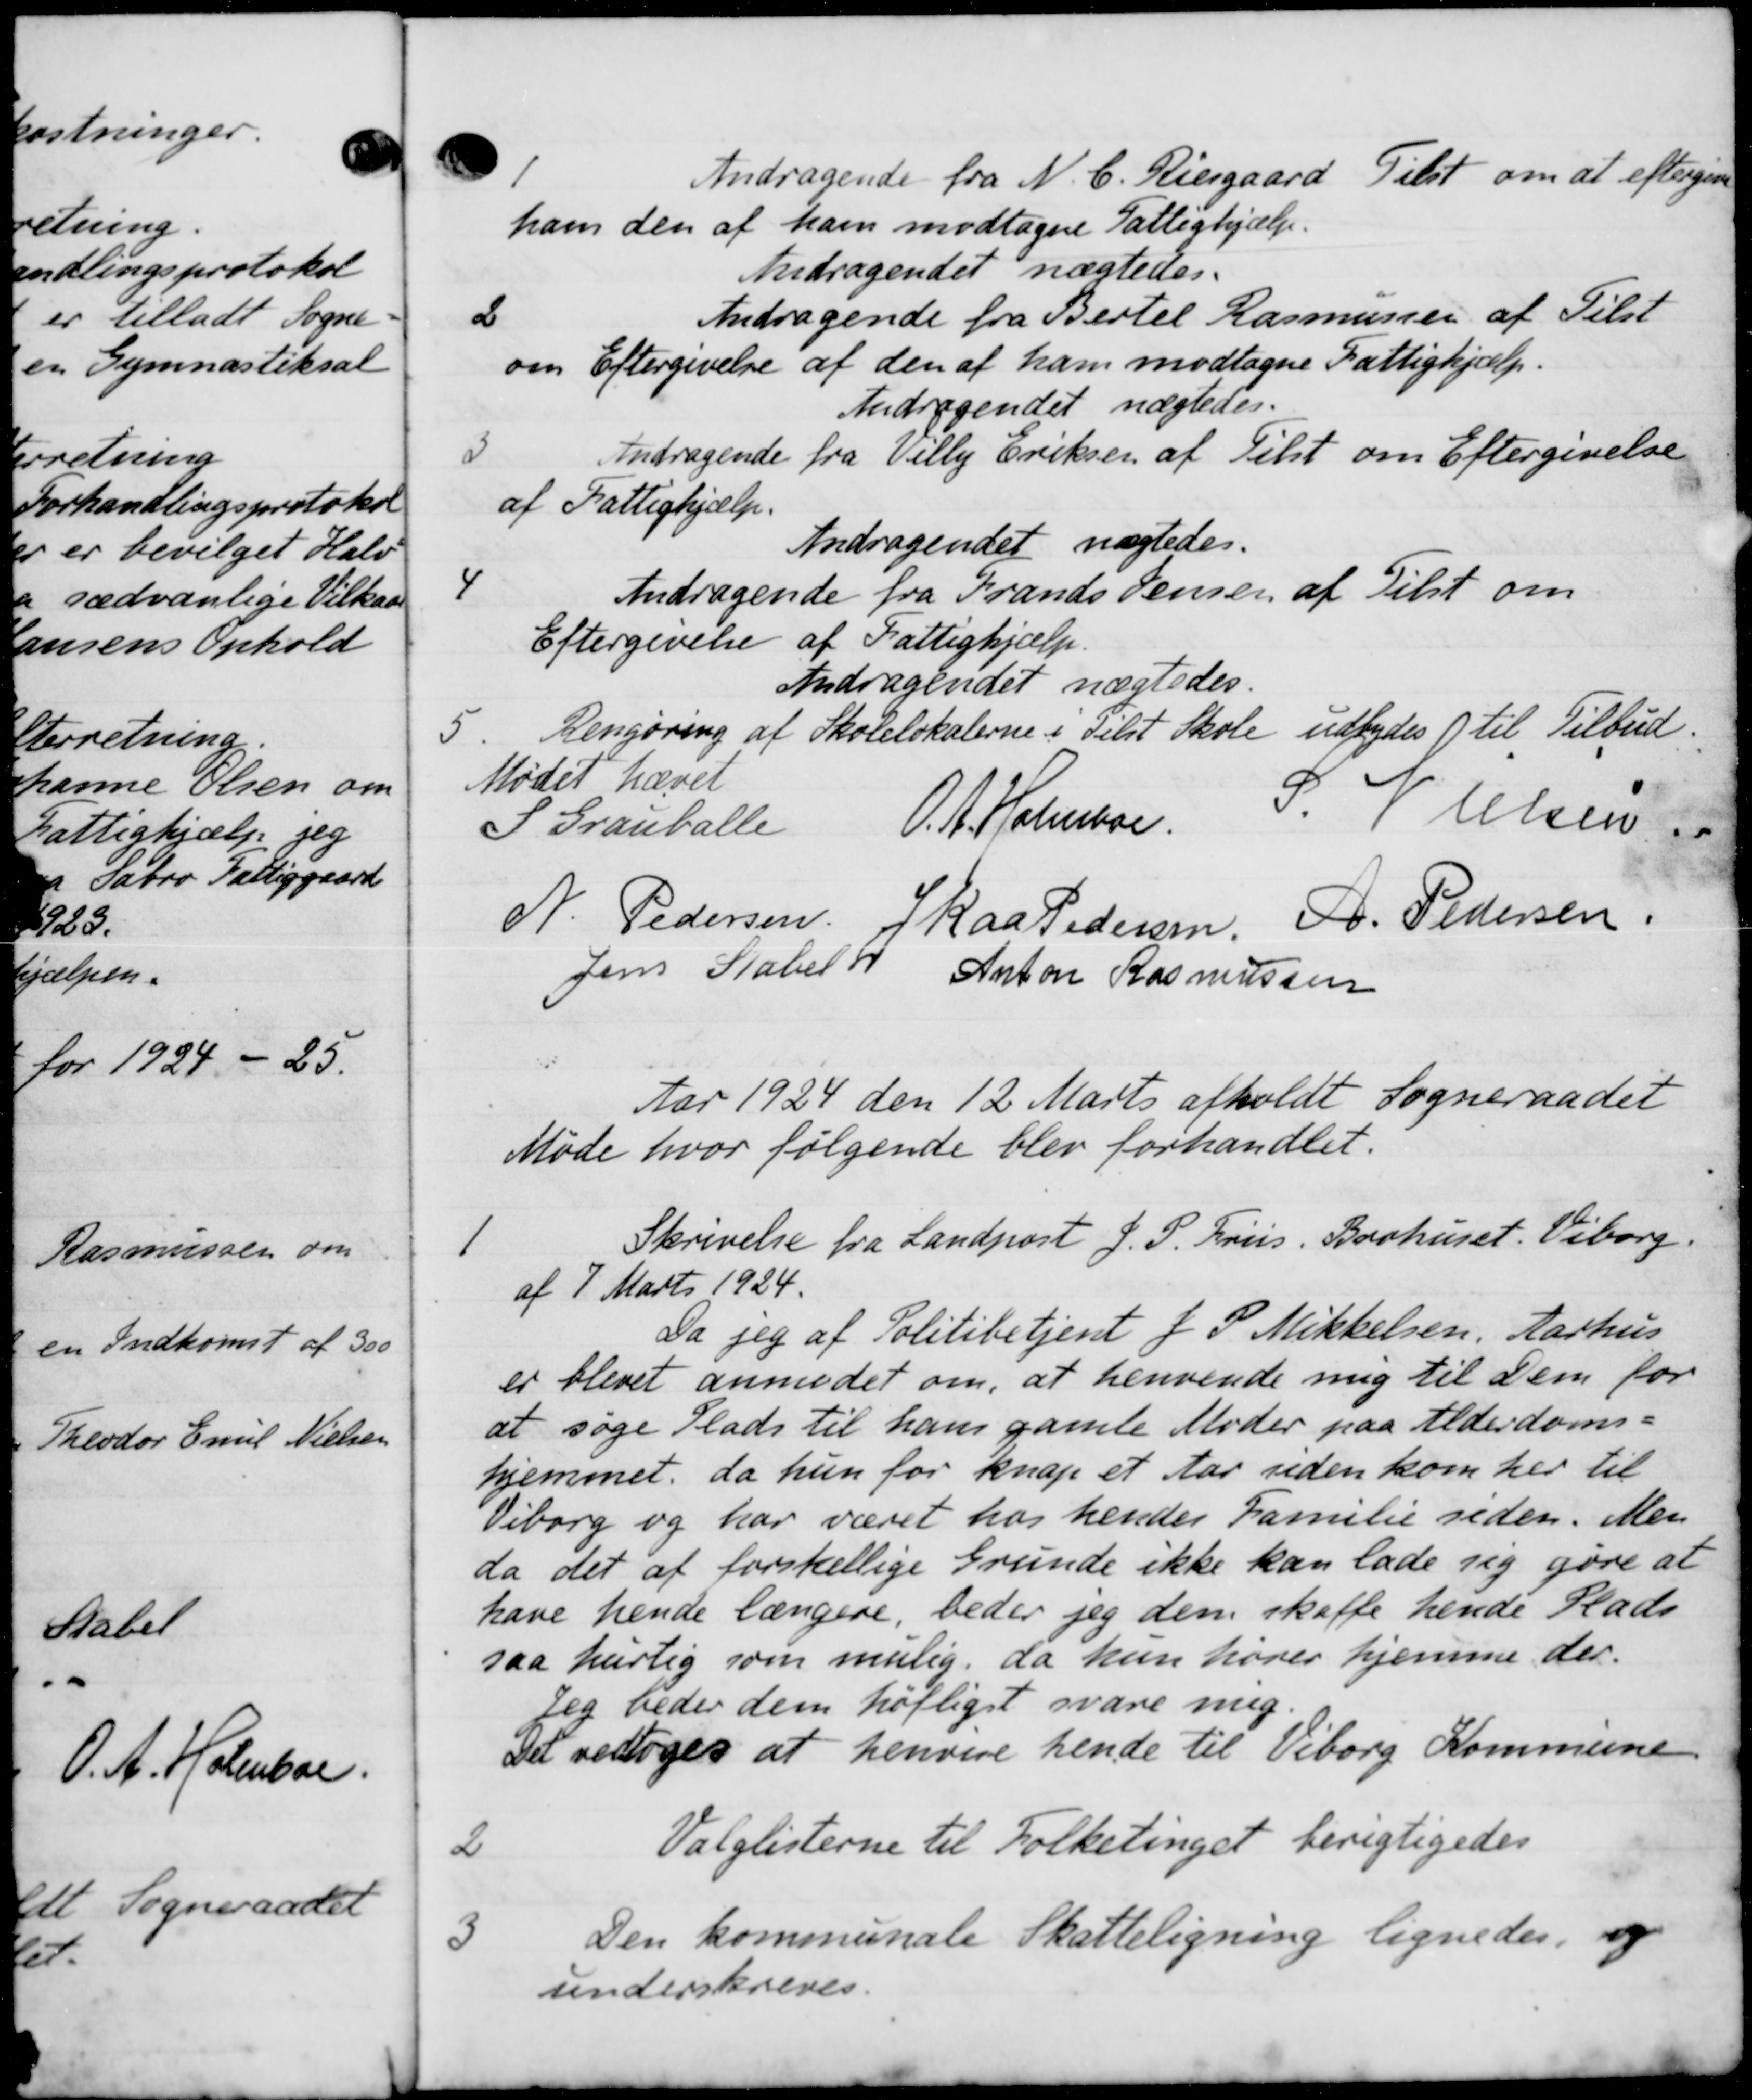
Transskription:
1
Andragende fra N. C. Riesgaard Tilst om at eftergive
ham den af ham modtagne Fattighjælp.
Andragendet nægtedes.
2
Andragende fra Bertel Rasmussen af Tilst
om Eftergivelse af den af ham modtagne Fattighjælp.
Andragendet nægtedes.
3
Andragende fra Villy Eriksen af Tilst om Eftergivelse
af Fattighjælp.
Andragendet nægtedes.
4
Andragende fra Frands Jensen af Tilst om
Eftergivelse af Fattighjælp.
Andragendet nægtedes.
5.
Rengøring af Skolelokalerne i Tilst Skole udbydes 1 til Tilbud.
Mødet hævet
S Granballe
O. A. Holmboe.
S. P. Olsen
N. Pedersen Skaa Pedersen. P. Pedersen.
Jens Stabel v
Anton Rasmussen
Aar 1924 den 12 Marts afholdt Sogneraadet
Møde hvor følgende blev forhandlet.
1
Skrivelse fra Landpost J. P. Friis. Barhuset. Viborg.
af 7 Marts 1924.
Da jeg af Politibetjent J. P. Mikkelsen. Aarhus
er blevet anmodet om, at henvende mig til Dem for
at søge Plads til han gamle Moder paa Alderdoms-
hjemmet, da hun for knap et Aar uden kom her til
Viborg og har været hos hendes Familie siden. Men
da det af forskellige Grunde ikke kan lade sig gøre at
have hende længere, beder jeg dem skaffe hende Plads
saa hurtig som mulig, da hun hører hjemme der.
Jeg beder dem højligst svare mig
Det vedtoges at henvise hende til Viborg Kommune
2
Valglisterne til Folketinget berigtigedes
3
Den kommunale Skatteligning lignedes, og
underskreves.